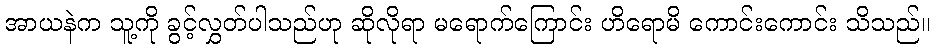
အာယနဲက သူ့ကို ခွင့်လွှတ်ပါသည်ဟု ဆိုလိုရာ မရောက်ကြောင်း ဟိရောမိ ကောင်းကောင်း သိသည်။